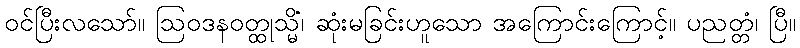
ဝင်ပြီးလသော်။ ဩဝဒနဝတ္ထုသ္မိံ၊ ဆုံးမခြင်းဟူသော အကြောင်းကြောင့်။ ပညတ္တံ၊ ပြီ။